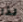
لذا